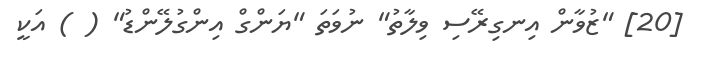
[20] "ޒުވާން އިނގިރޭސި ވިލާތު" ނުވަތަ "ޔަންގް އިންގުލޭންޑު" ( ) އަކީ